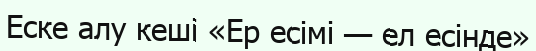
Еске алу кеші «Ер есімі — ел есінде»